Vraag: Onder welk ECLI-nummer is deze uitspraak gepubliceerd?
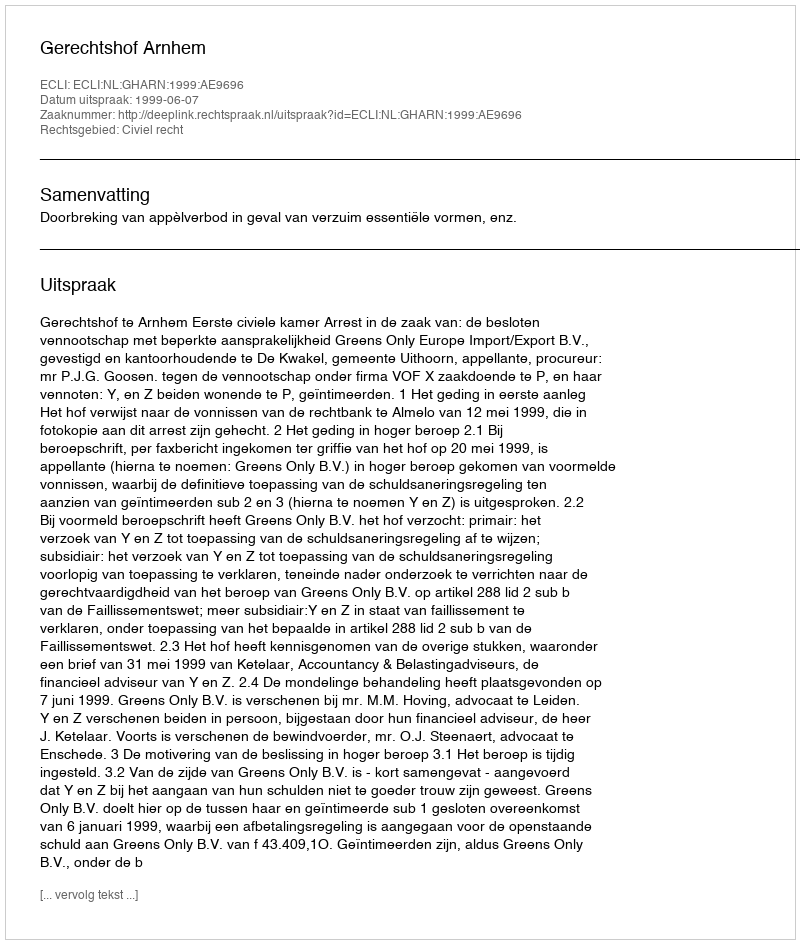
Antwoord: ECLI:NL:GHARN:1999:AE9696